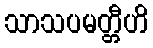
သာသပမတ္တီဟိ